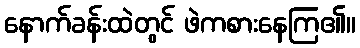
နောက်ခန်းထဲတွင် ဖဲကစားနေကြ၏။